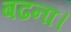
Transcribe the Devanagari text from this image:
बढना।